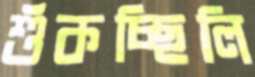
শুঁকচ্ছিলি